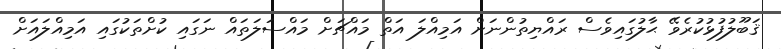
ޤަބޫލުފުޅުކުރެވޭ ޙާލުގައިވެސް ރައްޔިތުންނަށް އަމިއްލަ އަތް މައްޗަށް މައްސަލަތައް ނަގައި ކުށްތަކުގައި އަމިއްލައަށް